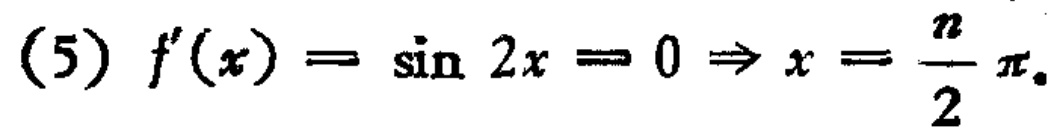
(5) \(f'(x)=\sin 2x = 0\Rightarrow x=\frac{n}{2}\pi\)